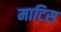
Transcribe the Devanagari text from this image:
माटिस